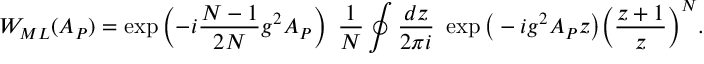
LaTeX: { \cal W } _ { M L } ( { \cal A } _ { P } ) = \exp \left( - i \frac { N - 1 } { 2 N } g ^ { 2 } { \cal A } _ { P } \right) ~ \frac { 1 } { N } \oint \frac { d z } { 2 \pi i } ~ \exp \big ( - i g ^ { 2 } { \cal A } _ { P } z \big ) \bigg ( \frac { z + 1 } { z } \bigg ) ^ { N } .